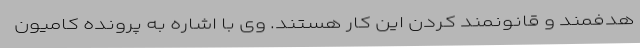
هدفمند و قانونمند کردن این کار هستند. وی با اشاره به پرونده کامیون